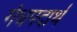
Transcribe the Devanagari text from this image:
गंधपदार्थ